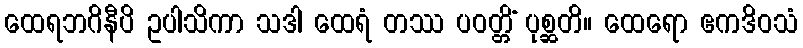
ထေရဘဂိနီပိ ဥပါသိကာ သဒါ ထေရံ တဿ ပဝတ္တိံ ပုစ္ဆတိ။ ထေရော ဧကဒိဝသံ